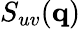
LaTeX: S_{uv}({\mathbf{q}})